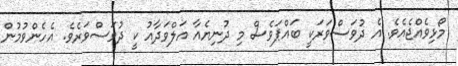
މޯޅިވެއްޖެއެވެ. އެ ދުވަސްވަރަކީ ބައްޕަވެސް މި ދުނިޔެއާ އަލްވަދާއު ކީ ދުވަސްވަރެވެ. އެހެންވުމުން